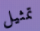
تمثيل